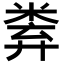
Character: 𥹻